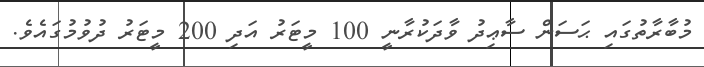
މުބާރާތުގައި ޙަސަން ސާޢިދު ވާދަކުރާނީ 100 މީޓަރު އަދި 200 މީޓަރު ދުވުމުގައެވެ.